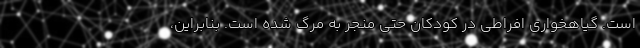
است. گیاهخواری افراطی در کودکان حتی منجر به مرگ شده است. بنابراین،